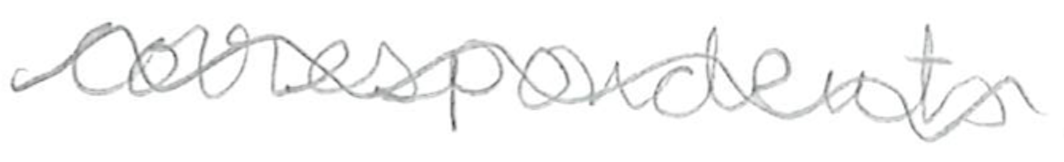
Text: correspondents
Cross-out: mix
Writing tool: pencil